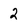
Character: 2